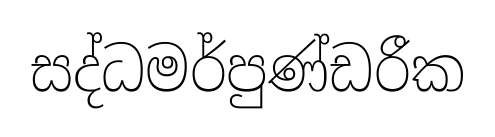
සද්ධමර්පුණ්ඩරීක